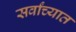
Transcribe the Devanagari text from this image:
सर्वांच्यात